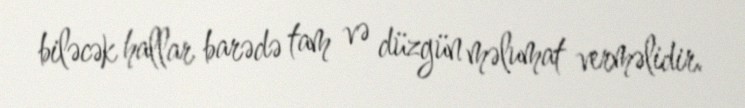
biləcək hallar barədə tam və düzgün məlumat verməlidir.